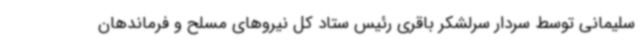
سلیمانی توسط سردار سرلشکر باقری رئیس ستاد کل نیروهای مسلح و فرماندهان